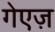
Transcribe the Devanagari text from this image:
गेएज़